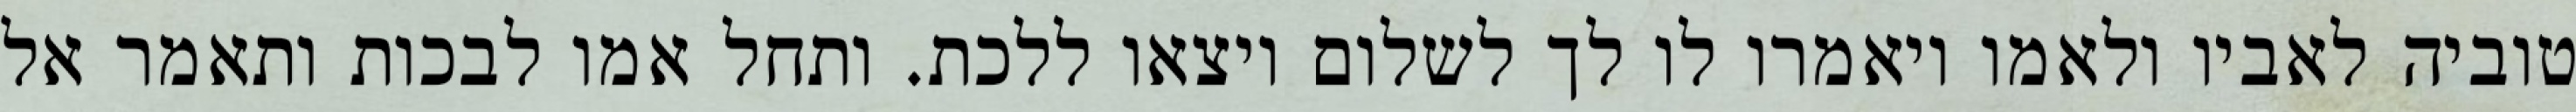
טוביה לאביו ולאמו ויאמרו לו לך לשלום ויצאו ללכת. ותחל אמו לבכות ותאמר אל